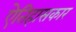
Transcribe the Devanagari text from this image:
ऐतिहासकार